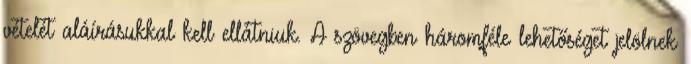
vételét aláírásukkal kell ellátniuk. A szövegben háromféle lehetőséget jelölnek